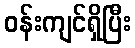
ဝန်းကျင်ရှိပြီး